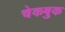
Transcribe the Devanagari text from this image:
चेकबुक